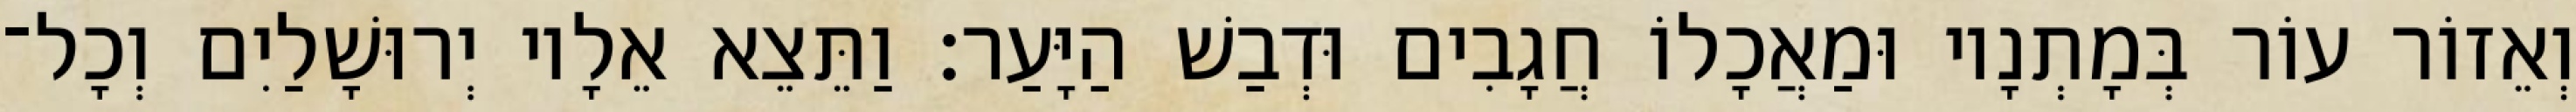
וְאֵזוֹר עוֹר בְּמָתְנָיו וּמַאֲכָלוֹ חֲגָבִים וּדְבַשׁ הַיָּעַר׃ וַתֵּצֵא אֵלָיו יְרוּשָׁלַיִם וְכָל־